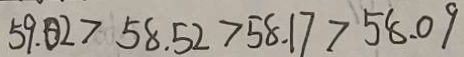
5 9 . 0 2 > 5 8 . 5 2 > 5 8 . 1 7 > 5 8 . 0 9